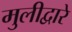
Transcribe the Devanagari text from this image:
मुलीद्वारे